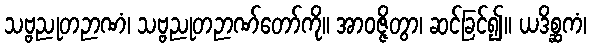
သဗ္ဗညုတဉာဏံ၊ သဗ္ဗညုတဉာဏ်တော်ကို။ အာဝဇ္ဇိတွာ၊ ဆင်ခြင်၍။ ယဒိစ္ဆကံ၊